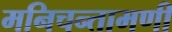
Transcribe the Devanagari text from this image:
मनिचन्तामणी